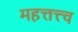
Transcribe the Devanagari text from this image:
महत्तत्त्व